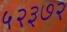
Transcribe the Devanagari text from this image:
५२३७२